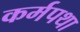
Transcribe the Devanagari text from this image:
कर्मपथा